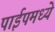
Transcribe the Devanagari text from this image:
पाईपमध्ये